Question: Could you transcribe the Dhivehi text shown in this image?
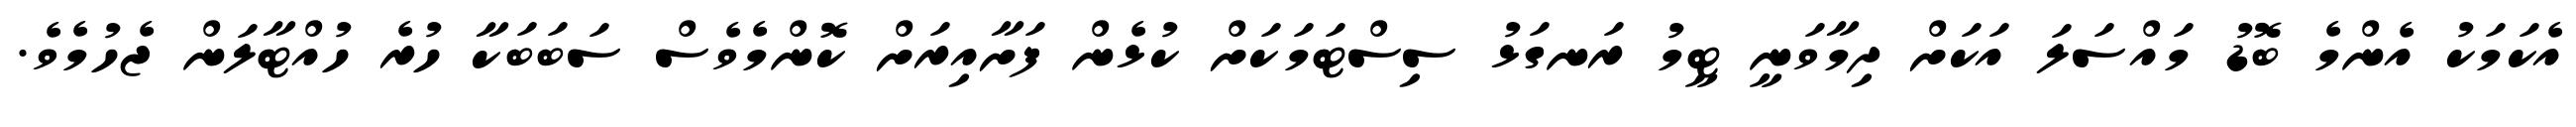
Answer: އެކަމަކު އެންމެ ބޮޑު މައްސަލަ އަކަށް ދިމާވަނީ ޓީމު ރަނގަޅު ސިސްޓަމަކަށް ކުޅެން ފަށާއިރަށް ކޮންމެވެސް ސަބަބަކާ ހުރެ ހުއްޓާލަން ޖެހުމެވެ.